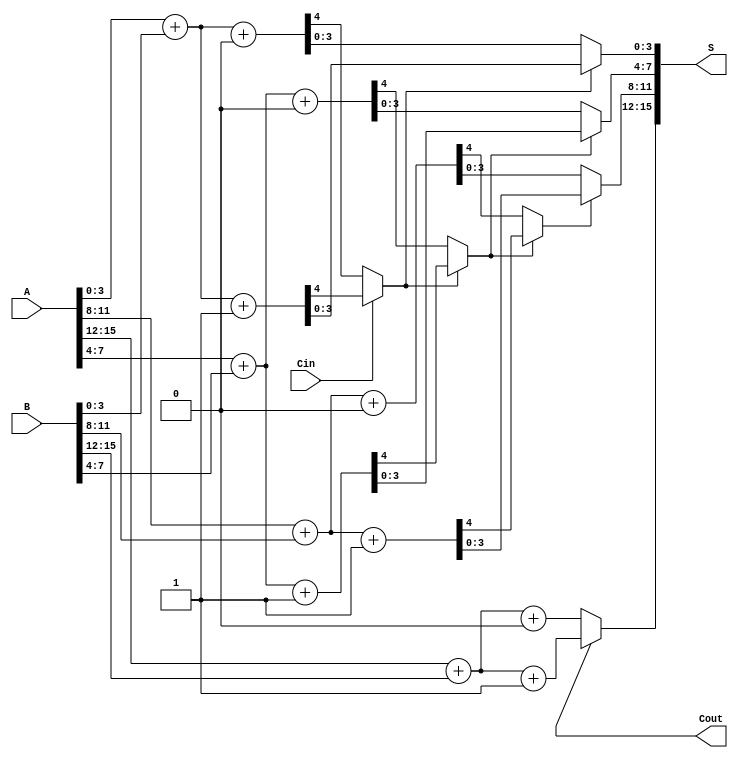
module CCSA #(parameter N = 16, parameter K = 4) (
    input [N-1:0] A,       // First n-bit input
    input [N-1:0] B,       // Second n-bit input
    input Cin,             // Carry-in
    output [N-1:0] S,      // n-bit sum output
    output Cout            // Carry-out
);

    localparam NUM_BLOCKS = N / K; // Number of blocks
    wire [K-1:0] S0 [0:NUM_BLOCKS-1]; // Sums for Cin = 0
    wire [K-1:0] S1 [0:NUM_BLOCKS-1]; // Sums for Cin = 1
    wire Cout0 [0:NUM_BLOCKS-1];      // Carry outs for Cin = 0
    wire Cout1 [0:NUM_BLOCKS-1];      // Carry outs for Cin = 1
    wire [NUM_BLOCKS-1:0] carry;      // Carry signals between blocks

    genvar i;
    generate
        for (i = 0; i < NUM_BLOCKS; i = i + 1) begin : block
            // Compute sums and carries for both cases
            wire [K-1:0] A_block = A[i*K +: K];
            wire [K-1:0] B_block = B[i*K +: K];
            wire Cin_block = (i == 0) ? Cin : carry[i-1];

            // Case 0: Cin = 0
            assign {Cout0[i], S0[i]} = A_block + B_block + 1'b0;

            // Case 1: Cin = 1
            assign {Cout1[i], S1[i]} = A_block + B_block + 1'b1;

            // Determine carry for the next block
            if (i < NUM_BLOCKS - 1) begin
                assign carry[i] = (Cin_block == 1'b0) ? Cout0[i] : Cout1[i];
            end
        end
    endgenerate

    // Final output selection
    generate
        for (i = 0; i < NUM_BLOCKS; i = i + 1) begin : output_selection
            assign S[i*K +: K] = (carry[i] == 1'b0) ? S0[i] : S1[i];
        end
    endgenerate

    // Final carry-out
    assign Cout = carry[NUM_BLOCKS-1];

endmodule